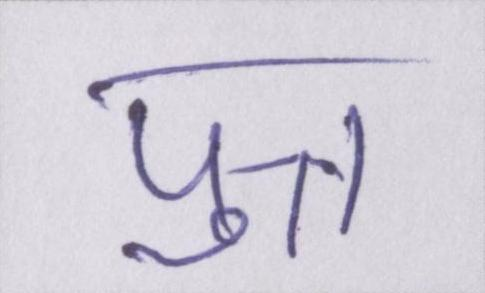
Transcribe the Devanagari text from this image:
पुत्त